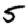
Digit: 5